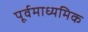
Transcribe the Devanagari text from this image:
पूर्वमाध्यमिक